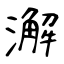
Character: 澥